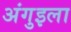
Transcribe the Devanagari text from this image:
अंगुइला